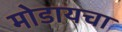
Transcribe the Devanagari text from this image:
मोडायचा